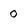
Character: 0